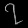
Digit: ၇